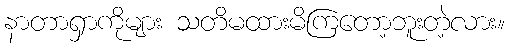
နာတာရှာကိုများ သတိမထားမိကြတော့ဘူးတဲ့လား။